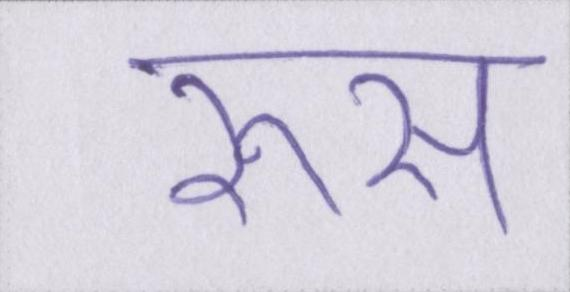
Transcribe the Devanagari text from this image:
रूस